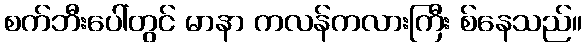
စက်ဘီးပေါ်တွင် မာနာ ကလန်ကလားကြီး စ်နေသည်။